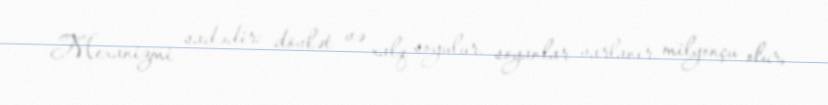
Mexanizmi sadədir: dövlət və xalq soyulur, soyanlar varlanır, milyonçu olur,